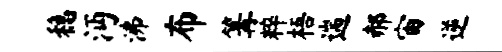
稳沔沸布篝粹梧遄郝宙逆